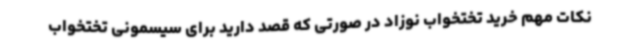
نکات مهم خرید تختخواب نوزاد در صورتی که قصد دارید برای سیسمونی تختخواب